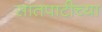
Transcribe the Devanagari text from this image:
सातपाटीच्या